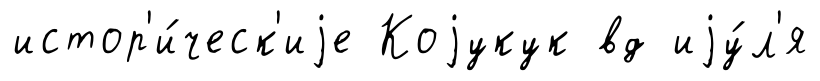
истор'и́ческ'иjе Коjукук вд иjу́л'я